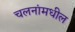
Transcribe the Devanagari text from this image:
चलनांमधील